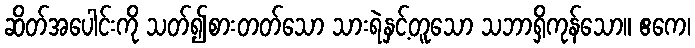
ဆိတ်အပေါင်းကို သတ်၍စားတတ်သော သားရဲနှင့်တူသော သဘာရှိကုန်သော။ ဧကေ၊